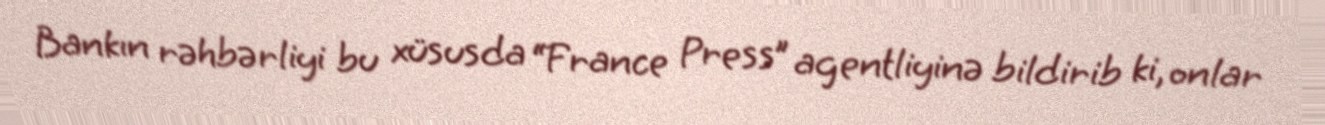
Bankın rəhbərliyi bu xüsusda “France Press” agentliyinə bildirib ki, onlar